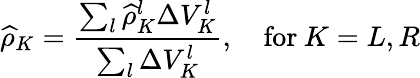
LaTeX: \widehat{\rho}_{K}=\frac{\sum_{l}\widehat{\rho}_{K}^{l}\Delta V_{K}^{l}}{\sum_{l}\Delta V_{K}^{l}},\quad\mathrm{for}\: K=L,R